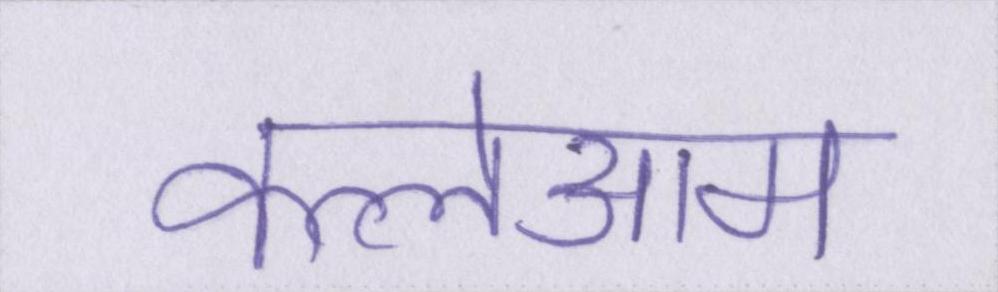
कत्लेआम